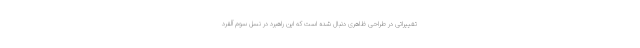
تغییراتی در طراحی ظاهری دنبال شده است که این راهبرد در نسل سوم آلفرد